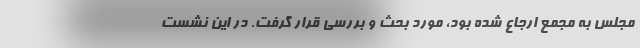
مجلس به مجمع ارجاع شده بود، مورد بحث و بررسی قرار گرفت. در این نشست